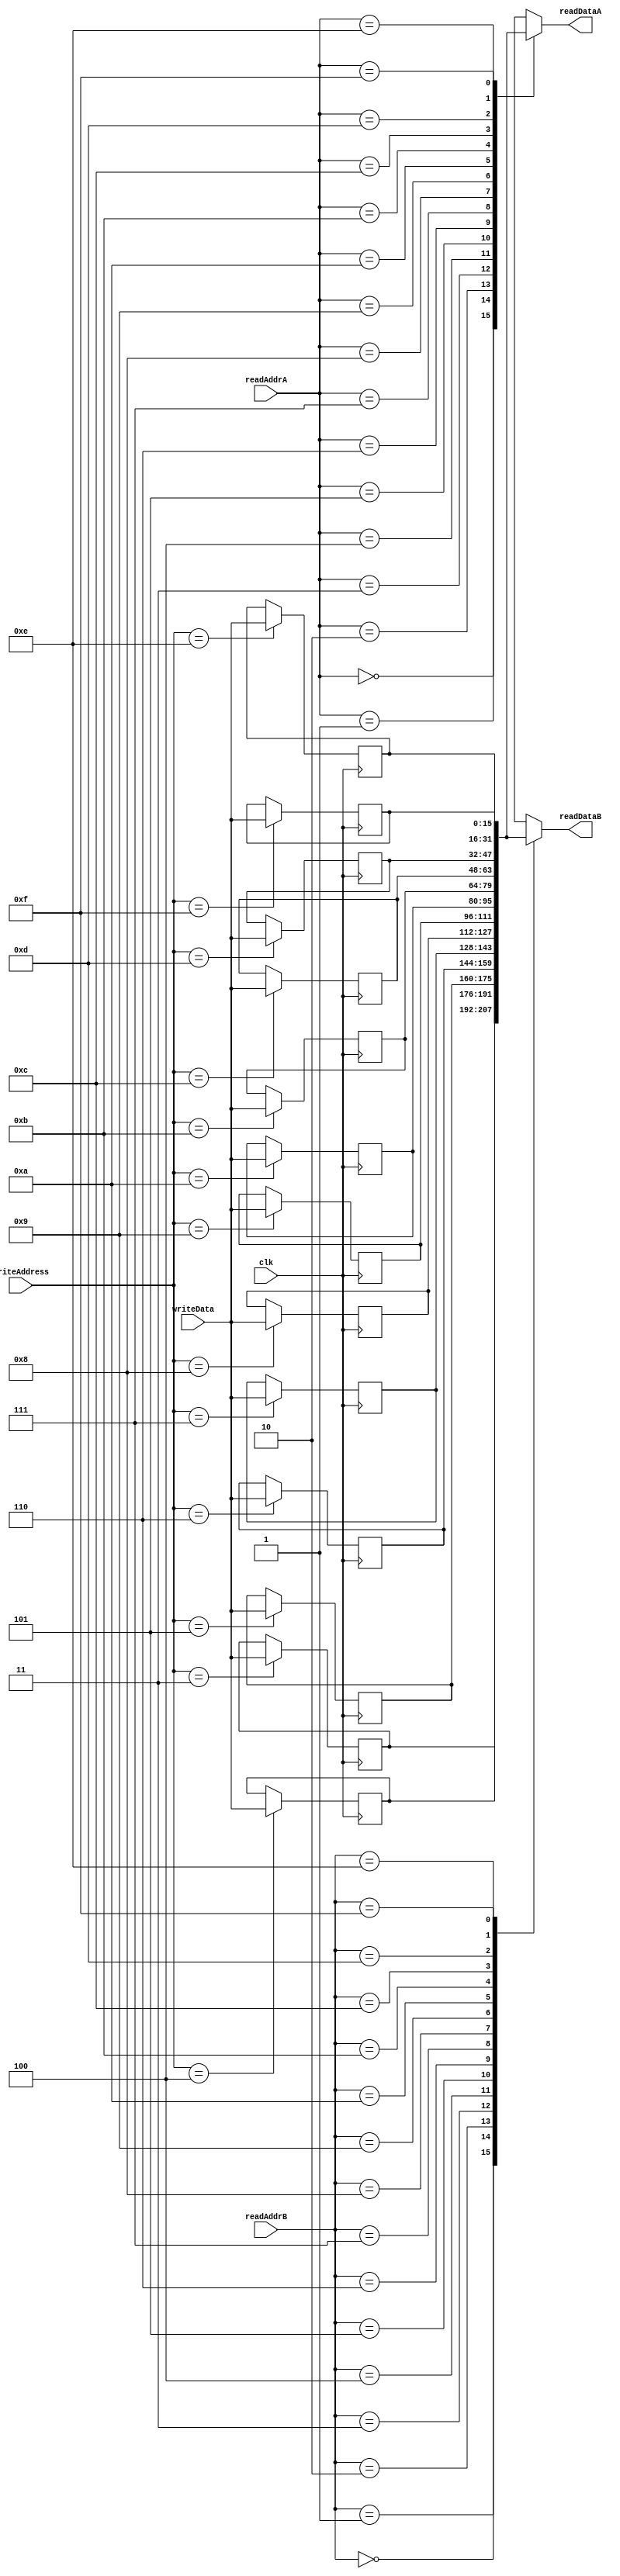
module regArray (readDataA, readDataB, readAddrA, readAddrB, writeAddress, 
                 writeData, clk);
output [15:0] readDataA, readDataB;
input [3:0] readAddrA, readAddrB, writeAddress;
input [15:0] writeData;
input clk;
reg [15:0] pad [3:15];

always @(posedge clk)
   case (writeAddress)
       4'b0011 : pad[3] = writeData;
       4'b0100 : pad[4] = writeData;
       4'b0101 : pad[5] = writeData;
       4'b0110 : pad[6] = writeData;
       4'b0111 : pad[7] = writeData;
       4'b1000 : pad[8] = writeData;
       4'b1001 : pad[9] = writeData;
       4'b1010 : pad[10] = writeData;
       4'b1011 : pad[11] = writeData;
       4'b1100 : pad[12] = writeData;
       4'b1101 : pad[13] = writeData;
       4'b1110 : pad[14] = writeData;
       4'b1111 : pad[15] = writeData;
   endcase    
assign readDataA = pad[readAddrA];
assign readDataB = pad[readAddrB];
endmodule